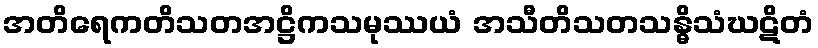
အတိရေကတိသတအဋ္ဌိကသမုဿယံ အသီတိသတသန္ဓိသံဃဋိတံ